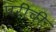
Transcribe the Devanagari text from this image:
परींची